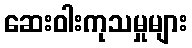
ဆေးဝါးကုသမှုများ